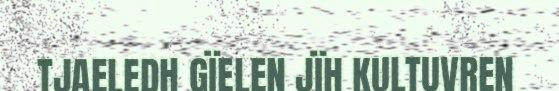
TJAELEDH GÏELEN JÏH KULTUVREN